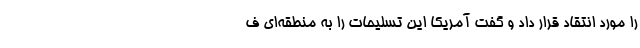
را مورد انتقاد قرار داد و گفت آمریکا این تسلیحات را به منطقه‌ای ف